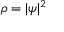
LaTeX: \rho = | \psi | ^ { 2 }